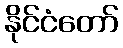
နိုင်ငံတော်